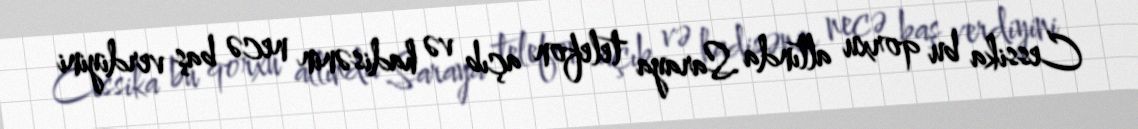
Cessika bu qorxu altında Saraya telefon açıb və hadisənin necə baş verdiyini